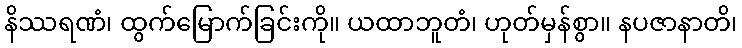
နိဿရဏံ၊ ထွက်မြောက်ခြင်းကို။ ယထာဘူတံ၊ ဟုတ်မှန်စွာ။ နပဇာနာတိ၊